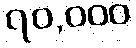
၇၀,၀၀၀